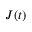
J ( t )